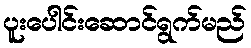
ပူးပေါင်းဆောင်ရွက်မည်